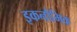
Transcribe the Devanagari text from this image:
इकनौमिक